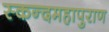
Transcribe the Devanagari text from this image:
स्कन्दमहापुराण